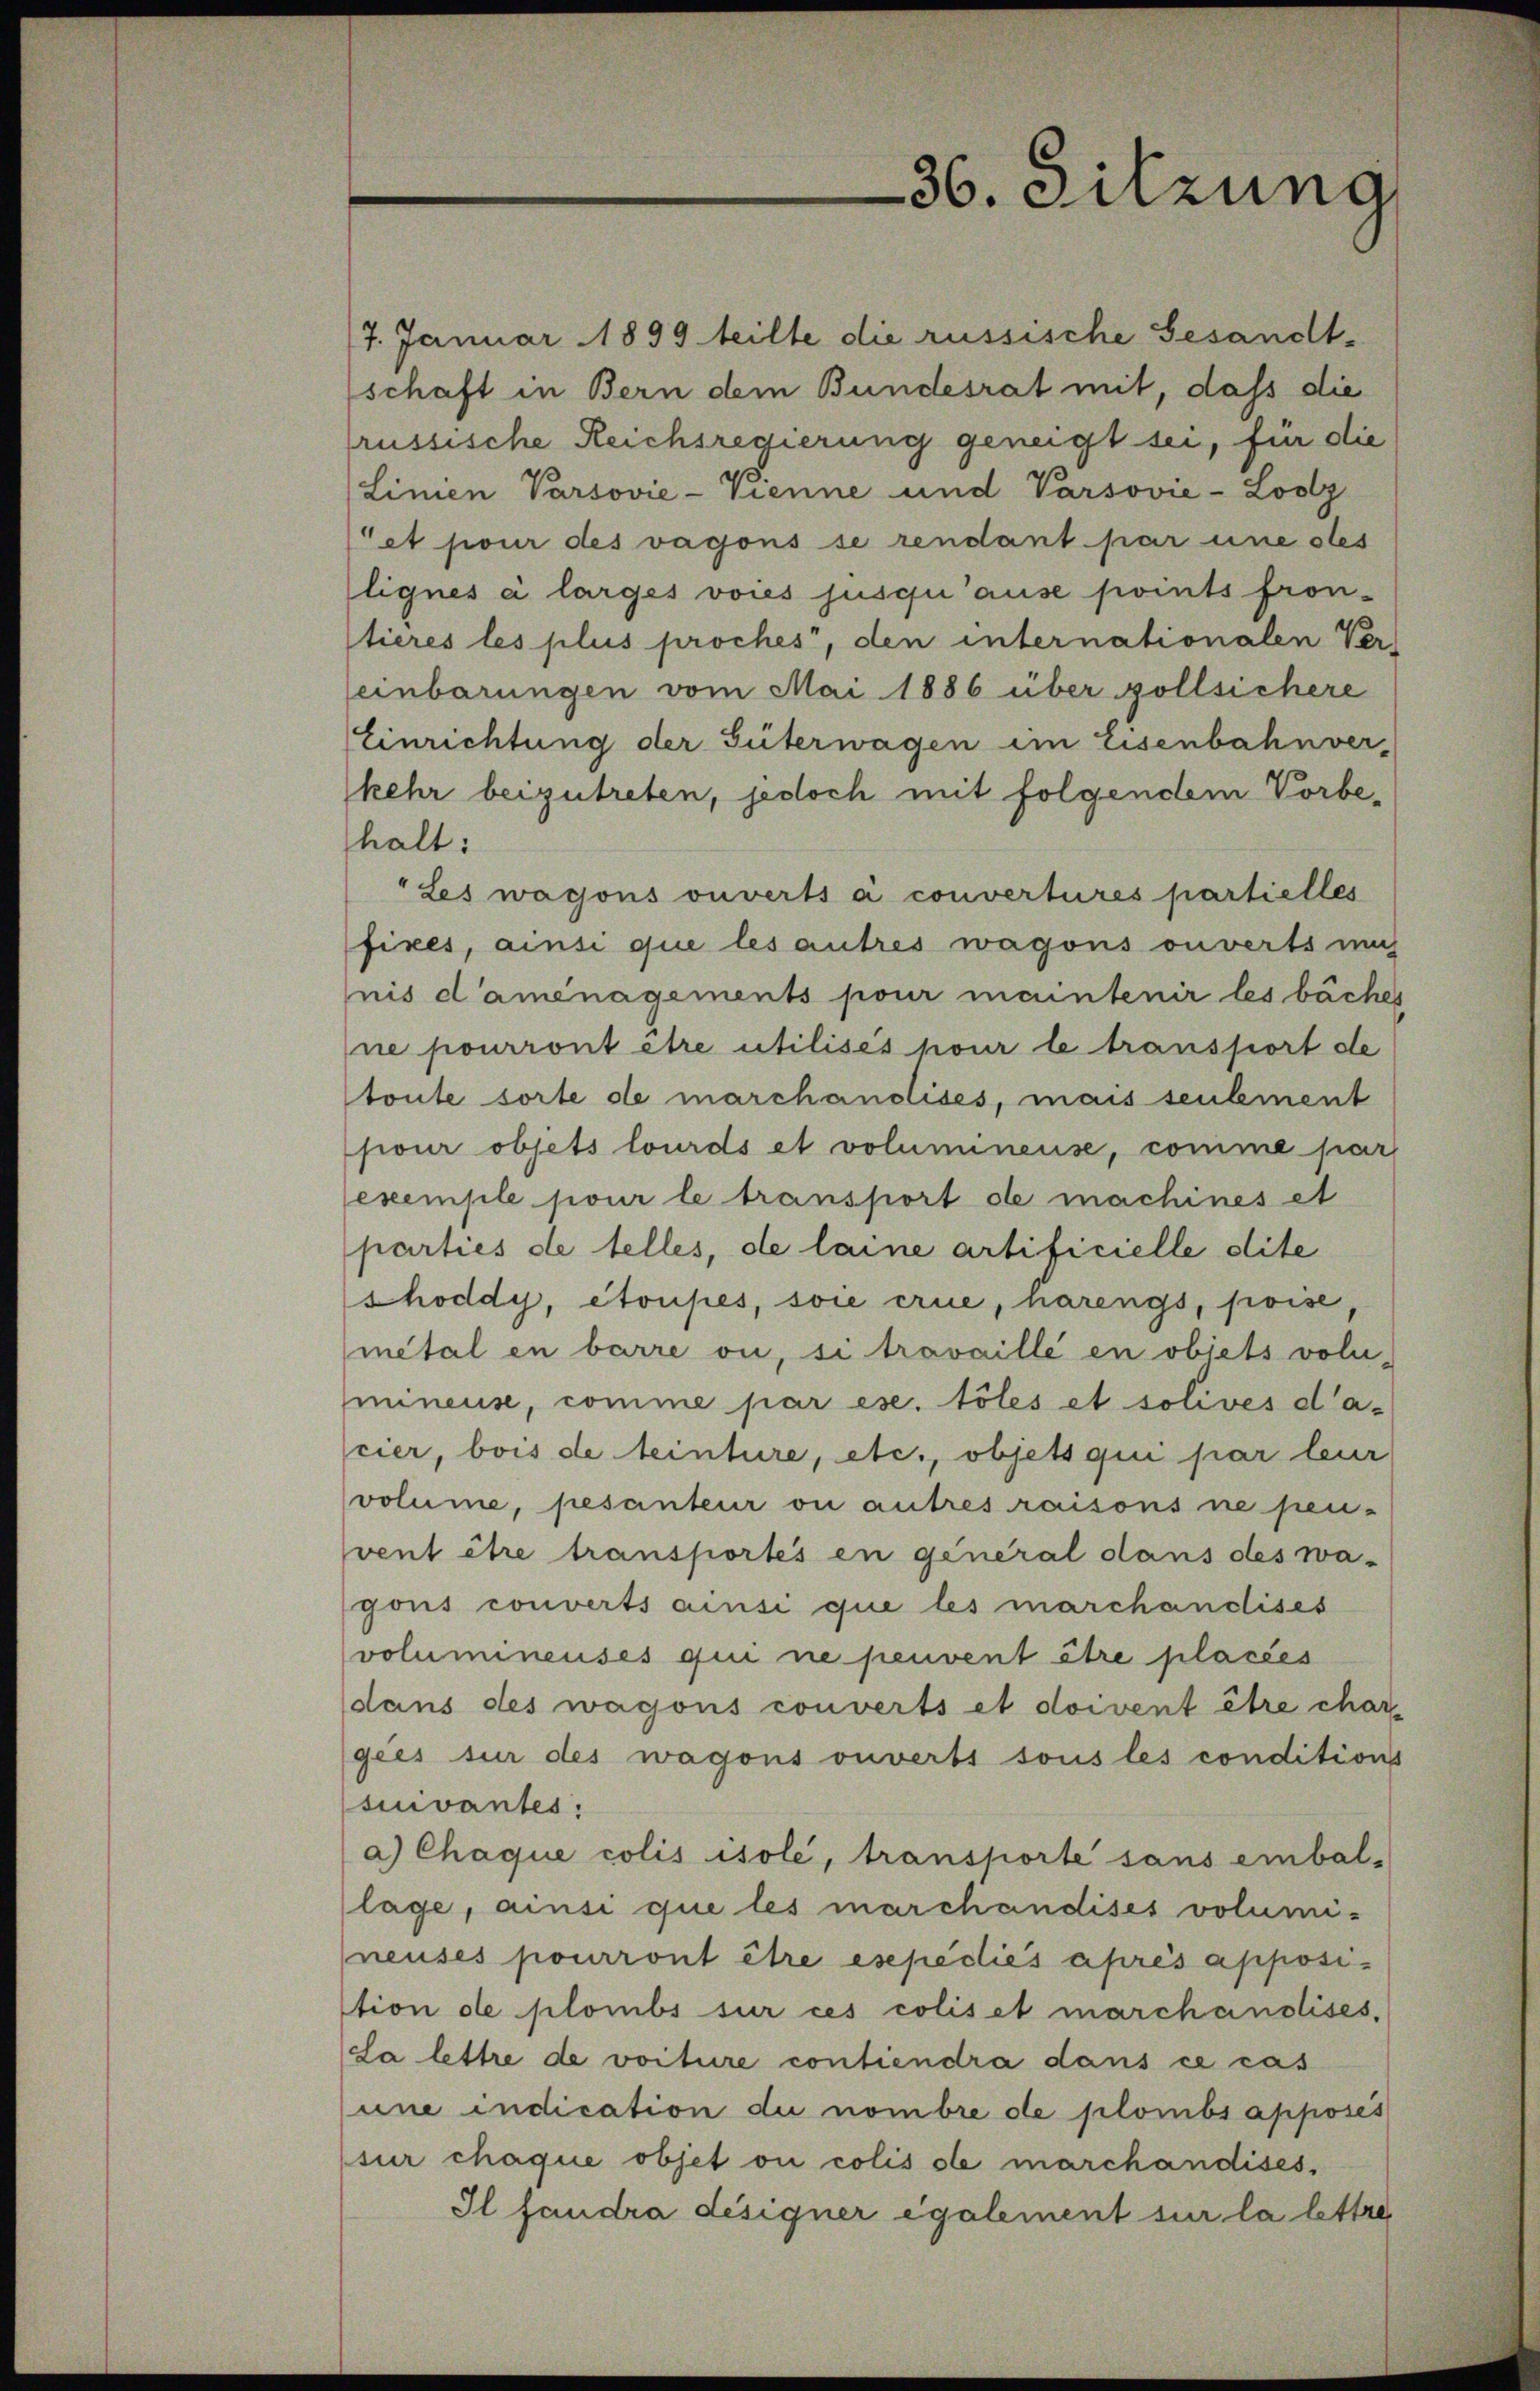
36. Sitzung

7. Januar 1899 teilte die russische Gesandt-
schaft in Bern dem Bundesrat mit, dass die
russische Reichsregierung geneigt sei, für die
Linien Parsovie-Vienne und Varsovie-Lootz
et pour des vagons se rendant par eine stes
lignes a larges voies jusqu’ause points fron-
stieres les plus proches, den internationalen Ver-
einbarungen vom Mai 1886 über zollsichere
Einrichtung der Güterwagen im Eisenbahnver-
kehr beizutreten, jedoch mit folgendem Vorbe-
halt:
"Les wagons ouverts à convertures partielles
fixes, ainsi que les autres wagons ouverts um
nis d’aménagements pour maintenir les bächer
ne pourront être utilisés pour le transport de
toute sorte de marchandises, mais seulement
pour objets lourds et voluminense, comme par
exemple jour le transport de machines et
parties de telles, de laine artificielle dite
shoddy, étoupes, soie erne, narengs, poise
metal in barre ou, si travaillé en objets volu-
mineuse, comme par ese. töles et solives dacier, bois de einture, etc., objets qui par leur
volume, pesanteur ou autres raisons ne pen-
vent être transportés en general dans des wa-
gons converts ainsi que les marchandises
voluminenses qui ne peuvent être placées
dans des wagons converts et doivent être char-
gees sur des wagons ouverts sous les conditions
suivantes:
a) Chaque colis isolé, transporte sans einbal-
lage, ainsi que les marchandises volumineuses pourront être esepedies après apposition de plombs sur ces coliset marchandises.
(Sa lettre de voiture contiendra dans ce cas
une indication du nombre de plombs apposes
sur chaque objet ou colis ole marchandises,
Il faudra désigner egalement sur la lettre